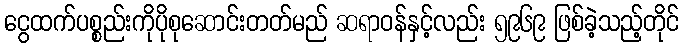
ငွေထက်ပစ္စည်းကိုပိုစုဆောင်းတတ်မည် ဆရာဝန်နှင့်လည်း ၅၉၆၉ ဖြစ်ခဲ့သည့်တိုင်